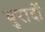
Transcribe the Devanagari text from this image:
बुरादों